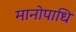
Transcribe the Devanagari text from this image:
मानोपाधि